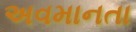
અવમાનતા